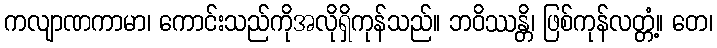
ကလျာဏကာမာ၊ ကောင်းသည်ကိုအလိုရှိကုန်သည်။ ဘဝိဿန္တိ၊ ဖြစ်ကုန်လတ္တံ့။ တေ၊